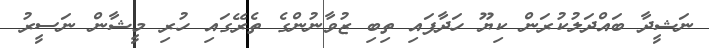
ނަޝީދާ ބައްދަލުކުރަން ކިޔޫ ހަދާފައި ތިބި ޒުވާނުންގެ ތެރޭގައި ހުރި މީޝާން ނަސީރު